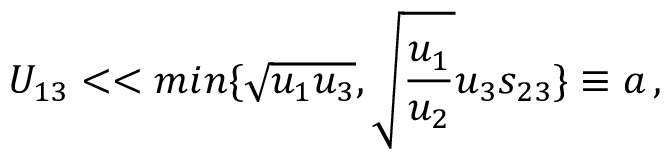
U _ { 1 3 } < < m i n \{ \sqrt { u _ { 1 } u _ { 3 } } , \sqrt { \frac { u _ { 1 } } { u _ { 2 } } } u _ { 3 } s _ { 2 3 } \} \equiv a \, ,